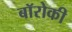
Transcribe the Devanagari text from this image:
बॉरोकी